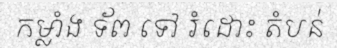
កម្លាំង ទ័ព ទៅ រំដោះ តំបន់